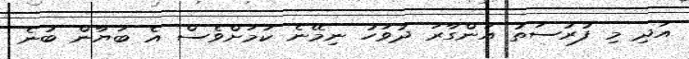
އަދި މި ފުރުސަތު އަންގާރަ ދުވަހު ނިމޭނެ ކަމަށްވެސް އެ ބަޔާން ބުނެ